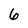
Character: 6